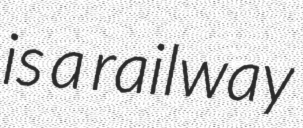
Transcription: is a railway